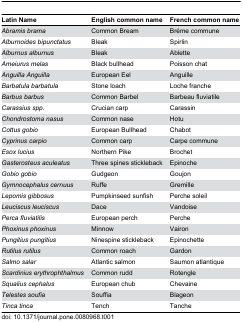
<table><thead><tr><td><b>Latin Name</b></td><td><b>English common name</b></td><td><b>French common name</b></td></tr></thead><tbody><tr><td><i>Abramis brama</i></td><td>Common Bream</td><td>Brème commune</td></tr><tr><td><i>Alburnoides bipunctatus</i></td><td>Bleak</td><td>Spirlin</td></tr><tr><td><i>Alburnus alburnus</i></td><td>Bleak</td><td>Ablette</td></tr><tr><td><i>Ameiurus melas</i></td><td>Black bullhead</td><td>Poisson chat</td></tr><tr><td><i>Anguilla Anguilla</i></td><td>European Eel</td><td>Anguille</td></tr><tr><td><i>Barbatula barbatula</i></td><td>Stone loach</td><td>Loche franche</td></tr><tr><td><i>Barbus barbus</i></td><td>Common Barbel</td><td>Barbeau fluviatile</td></tr><tr><td><i>Carassius spp.</i></td><td>Crucian carp</td><td>Carassin</td></tr><tr><td><i>Chondrostoma nasus</i></td><td>Common nase</td><td>Hotu</td></tr><tr><td><i>Cottus gobio</i></td><td>European Bullhead</td><td>Chabot</td></tr><tr><td><i>Cyprinus carpio</i></td><td>Common carp</td><td>Carpe commune</td></tr><tr><td><i>Esox lucius</i></td><td>Northern Pike</td><td>Brochet</td></tr><tr><td><i>Gasterosteus aculeatus</i></td><td>Three spines stickleback</td><td>Epinoche</td></tr><tr><td><i>Gobio gobio</i></td><td>Gudgeon</td><td>Goujon</td></tr><tr><td><i>Gymnocephalus cernuus</i></td><td>Ruffe</td><td>Gremille</td></tr><tr><td><i>Lepomis gibbosus</i></td><td>Pumpkinseed sunfish</td><td>Perche soleil</td></tr><tr><td><i>Leuciscus leuciscus</i></td><td>Dace</td><td>Vandoise</td></tr><tr><td><i>Perca fluviatilis</i></td><td>European perch</td><td>Perche</td></tr><tr><td><i>Phoxinus phoxinus</i></td><td>Minnow</td><td>Vairon</td></tr><tr><td><i>Pungitius pungitius</i></td><td>Ninespine stickleback</td><td>Epinochette</td></tr><tr><td><i>Rutilus rutilus</i></td><td>Common roach</td><td>Gardon</td></tr><tr><td><i>Salmo salar</i></td><td>Atlantic salmon</td><td>Saumon atlantique</td></tr><tr><td><i>Scardinius erythrophthalmus</i></td><td>Common rudd</td><td>Rotengle</td></tr><tr><td><i>Squalius cephalus</i></td><td>European chub</td><td>Chevaine</td></tr><tr><td><i>Telestes soufia</i></td><td>Souffia</td><td>Blageon</td></tr><tr><td><i>Tinca tinca</i></td><td>Tench</td><td>Tanche</td></tr></tbody></table>